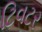
ટિવટર